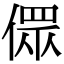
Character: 𠍸